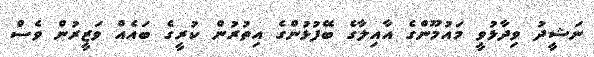
ނަޝީދު ވިދާޅުވީ މައުމޫންގެ އާއިލާގެ ބޭފުޅުންގެ އިތުރުން ކުރީގެ ބައެއް ވަޒީރުން ވެސް